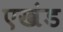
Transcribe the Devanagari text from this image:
एखंड